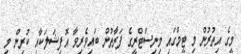
މީގެ އިތުރުން މި ޓީމްގައި މިނިސްޓްރީގެ ފަރާތުން ބައިވެރިވާ އޮފިޝަލަކާއި ކުރިން މި